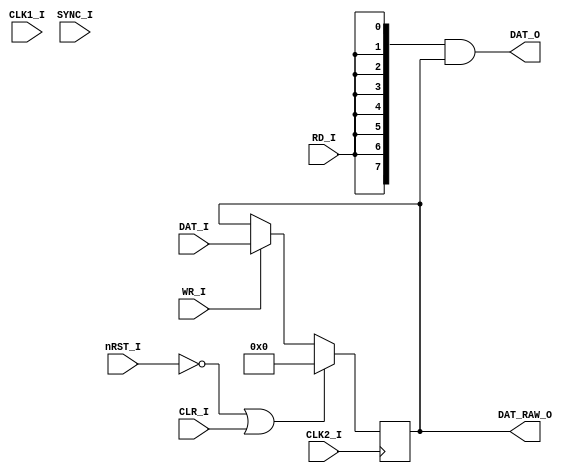
// **********
// COPYRIGHT(c) 2018, LUOYIN
// All rights reserved
// 
// IP LIB INDEX	:
// IP Name		: Intel8008
// Module Name	: cpu_regtemp
// Full Name	: Temperate Register of Intel8008 (alpha and beta)
// 
// Data			: 2018/04/08
// Version		:
//
// Abstract		:
// Called By	: 
// 
// Modification Histroy
// 
// **********

// **********
// DEFINE MODEL PORT
// **********
//
module cpu_regtemp(
	CLK1_I, CLK2_I, SYNC_I, nRST_I,
	RD_I, WR_I, CLR_I,
	DAT_I, DAT_O, DAT_RAW_O
);

	// **********
	// DEFINE PARAMETER
	// **********

	// **********
	// DEFINE INPUT
	// **********
	input wire CLK1_I, CLK2_I, SYNC_I, nRST_I;
	input wire RD_I, WR_I, CLR_I;
	input wire [7:0] DAT_I;

	// **********
	// DEFINE OUTPUT
	// **********
	output wire [7:0] DAT_O;
	output wire [7:0] DAT_RAW_O;

	// **********
	// ATRRIBUTE
	// **********
	reg [7:0] rTemp;

	// **********
	// INSTANCE MODULE
	// **********

	// **********
	// MAIN CODE
	// **********
	assign DAT_RAW_O = rTemp;
	assign DAT_O = {8{RD_I}} & rTemp;
	
	always @(posedge CLK2_I) begin
		if( (~nRST_I) | (CLR_I) )
			rTemp <= 8'b0;
		else if(WR_I)
			rTemp <= DAT_I;
		end

endmodule